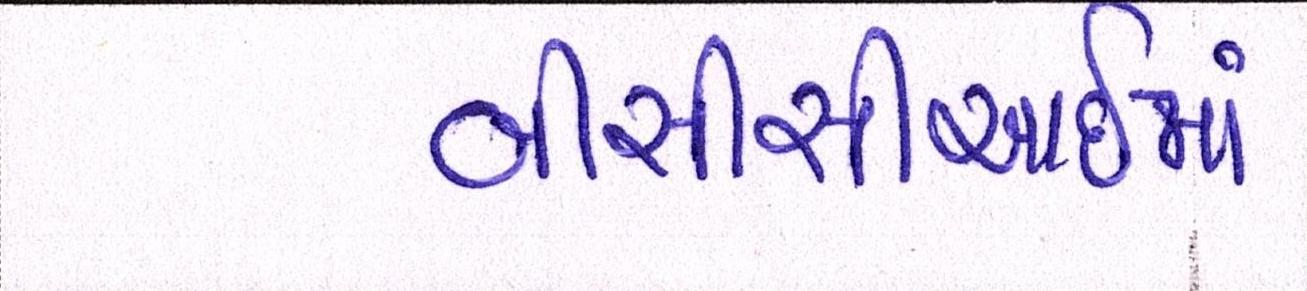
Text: બીસીસીઆઈમાં